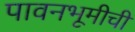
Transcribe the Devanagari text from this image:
पावनभूमीची